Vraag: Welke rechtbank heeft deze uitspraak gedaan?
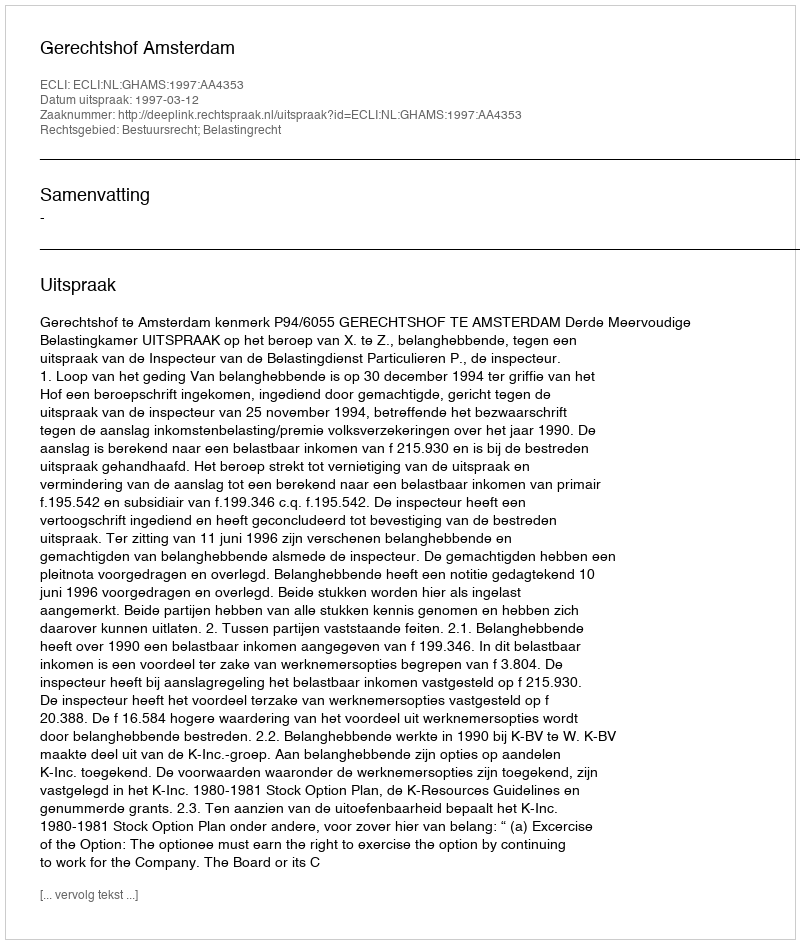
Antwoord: Gerechtshof Amsterdam